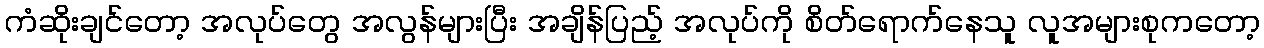
ကံဆိုးချင်တော့ အလုပ်တွေ အလွန်များပြီး အချိန်ပြည့် အလုပ်ကို စိတ်ရောက်နေသူ လူအများစုကတော့